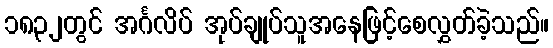
၁၈၃၂တွင် အင်္ဂလိပ် အုပ်ချုပ်သူအနေဖြင့်စေလွှတ်ခဲ့သည်။